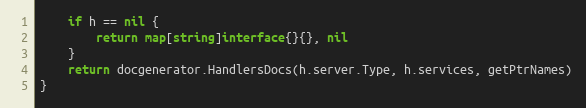
Language: Go
	if h == nil {
		return map[string]interface{}{}, nil
	}
	return docgenerator.HandlersDocs(h.server.Type, h.services, getPtrNames)
}